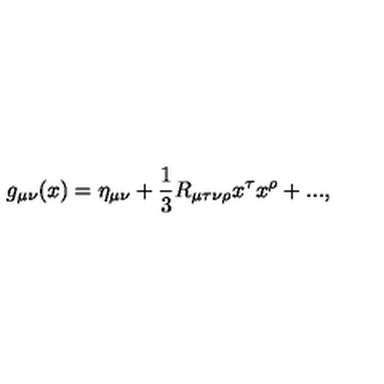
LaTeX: g _ { \mu \nu } ( x ) = \eta _ { \mu \nu } + \frac 1 3 R _ { \mu \tau \nu \rho } x ^ { \tau } x ^ { \rho } + . . . ,